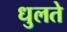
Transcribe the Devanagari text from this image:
धुलते